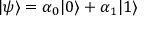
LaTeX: | \psi \rangle = \alpha _ { 0 } | 0 \rangle + \alpha _ { 1 } | 1 \rangle